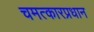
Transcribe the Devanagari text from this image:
चमत्कारप्रधान